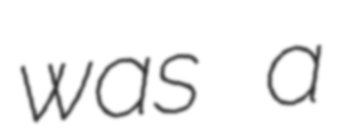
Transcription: was a